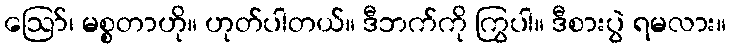
ဪ၊ မစ္စတာဟို။ ဟုတ်ပါတယ်။ ဒီဘက်ကို ကြွပါ။ ဒီစားပွဲ ရမလား။